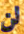
لن